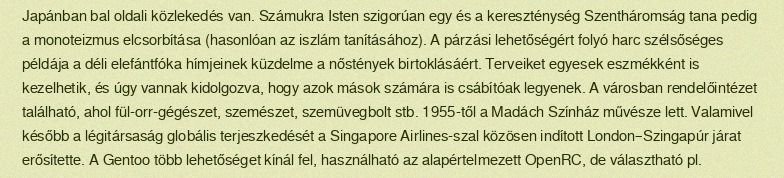
Japánban bal oldali közlekedés van. Számukra Isten szigorúan egy és a kereszténység Szentháromság tana pedig a monoteizmus elcsorbítása (hasonlóan az iszlám tanításához). A párzási lehetőségért folyó harc szélsőséges példája a déli elefántfóka hímjeinek küzdelme a nőstények birtoklásáért. Terveiket egyesek eszmékként is kezelhetik, és úgy vannak kidolgozva, hogy azok mások számára is csábítóak legyenek. A városban rendelőintézet található, ahol fül-orr-gégészet, szemészet, szemüvegbolt stb. 1955-től a Madách Színház művésze lett. Valamivel később a légitársaság globális terjeszkedését a Singapore Airlines-szal közösen indított London–Szingapúr járat erősítette. A Gentoo több lehetőséget kínál fel, használható az alapértelmezett OpenRC, de választható pl.